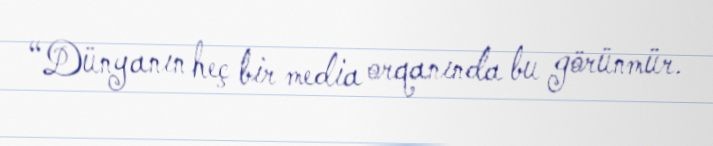
“Dünyanın heç bir media orqanında bu görünmür.